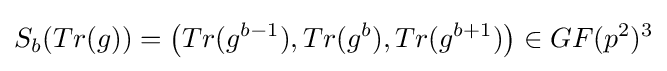
S_{b}(Tr(g))=\left(Tr(g^{b-1}),Tr(g^{b}),Tr(g^{b+1})\right)\in GF(p^{2})^{3}